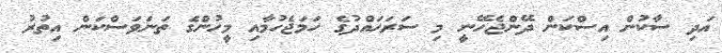
އަދި ސާކުން އިސްކަން ދޭންޖެހޭނީ މި ސަރަހައްދުގެ ހަމަޖެހުމާއި މީހުންގެ ތަނަވަސްކަން އިތުރު